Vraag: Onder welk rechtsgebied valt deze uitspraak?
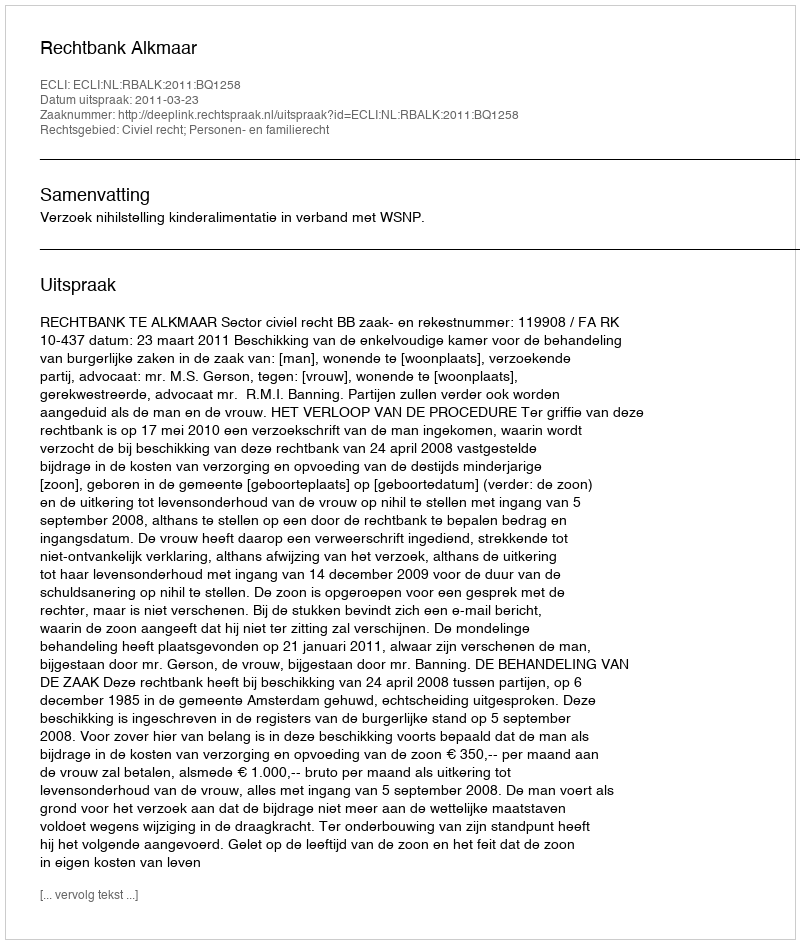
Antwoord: Civiel recht; Personen- en familierecht